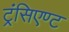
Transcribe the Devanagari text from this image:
ट्रंसिएण्ट